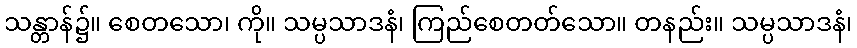
သန္တာန်၌။ စေတသော၊ ကို။ သမ္ပသာဒနံ၊ ကြည်စေတတ်သော။ တနည်း။ သမ္ပသာဒနံ၊